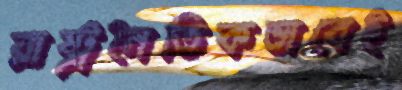
রাষ্ট্রনৈতিকভাবেই